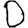
Digit: 0